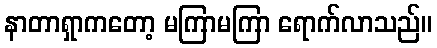
နာတာရှာကတော့ မကြာမကြာ ရောက်လာသည်။